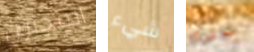
المجنون شيء تذكرة